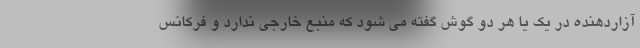
آزاردهنده در یک یا هر دو گوش گفته می شود که منبع خارجی ندارد و فرکانس